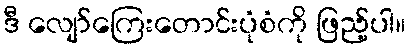
ဒီ လျော်ကြေးတောင်းပုံစံကို ဖြည့်ပါ။